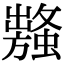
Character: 𧒥